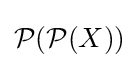
{\mathcal {P}}({\mathcal {P}}(X))